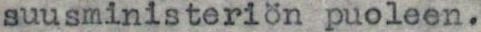
suusministeriön puoleen.